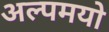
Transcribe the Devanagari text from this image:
अल्पमयो